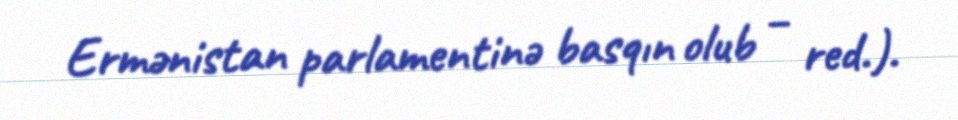
Ermənistan parlamentinə basqın olub – red.).